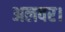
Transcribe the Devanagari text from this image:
अलवर।